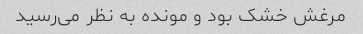
مرغش خشک بود و مونده به نظر می‌رسید